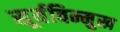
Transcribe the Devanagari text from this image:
सूर्यविन्मुख